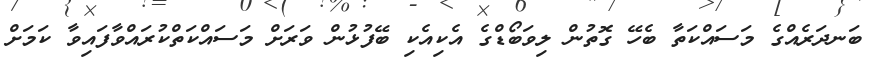
ބަނދަރެއްގެ މަސައްކަތާ ބެހޭ ގޮތުން ލިވަބޯޑްގެ އެކިއެކި ބޭފުޅުން ވަރަށް މަސައްކަތްކުރައްވާފައިވާ ކަަމަށް